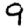
Digit: 9